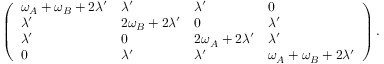
\left( \begin{array} { l l l l } { \omega _ { A } + \omega _ { B } + 2 \lambda ^ { \prime } } & { \lambda ^ { \prime } } & { \lambda ^ { \prime } } & { 0 } \\ { \lambda ^ { \prime } } & { 2 \omega _ { B } + 2 \lambda ^ { \prime } } & { 0 } & { \lambda ^ { \prime } } \\ { \lambda ^ { \prime } } & { 0 } & { 2 \omega _ { A } + 2 \lambda ^ { \prime } } & { \lambda ^ { \prime } } \\ { 0 } & { \lambda ^ { \prime } } & { \lambda ^ { \prime } } & { \omega _ { A } + \omega _ { B } + 2 \lambda ^ { \prime } } \end{array} \right) .